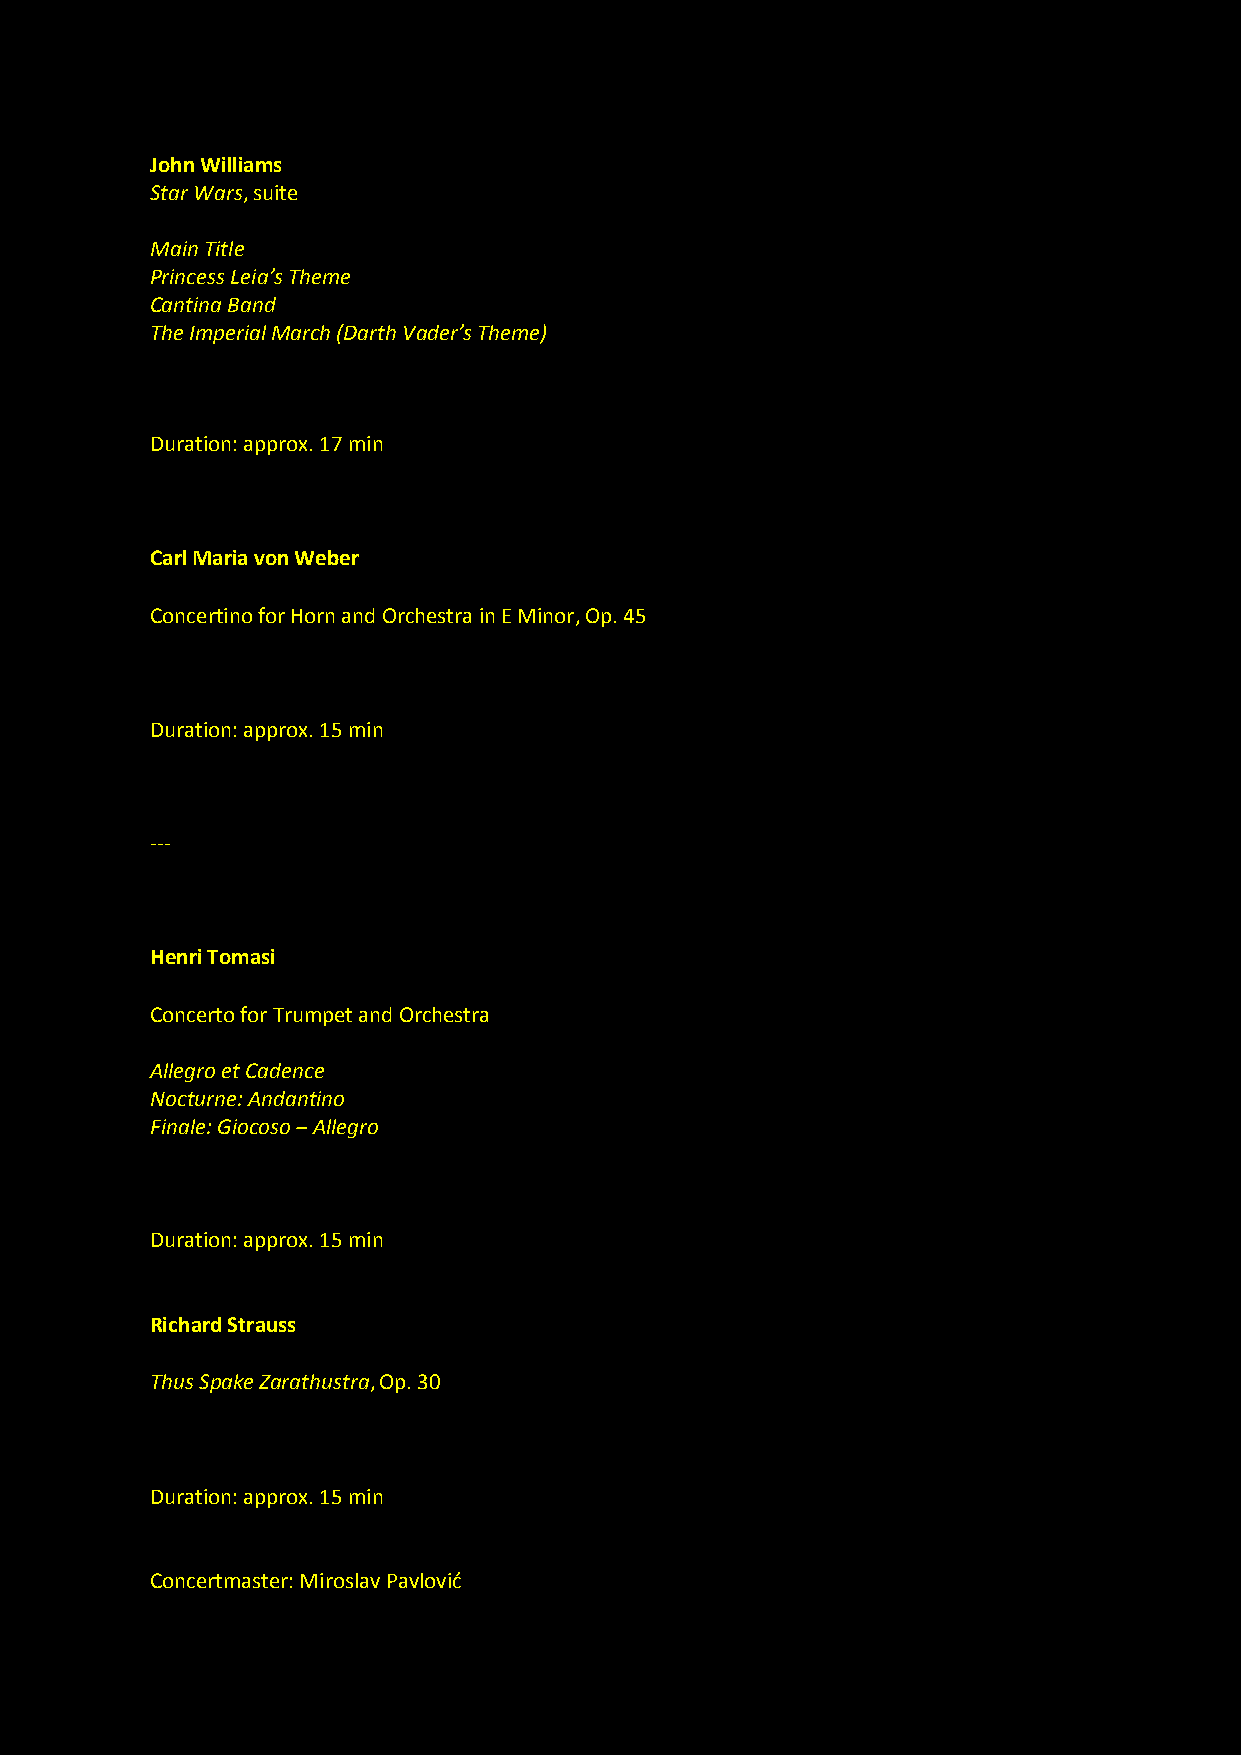
John Williams
 Star Wars, suite
 Main Title
 Princess Leia’s Theme
 Cantina Band
 The Imperial March (Darth Vader’s Theme)
 Duration: approx. 17 min
 Carl Maria von Weber
 Concertino for Horn and Orchestra in E Minor, Op. 45
 Duration: approx. 15 min
 ---
 Henri Tomasi
 Concerto for Trumpet and Orchestra
 Allegro et Cadence
 Nocturne: Andantino
 Finale: Giocoso ‒ Allegro
 Duration: approx. 15 min
 Richard Strauss
 Thus Spake Zarathustra, Op. 30
 Duration: approx. 15 min
 Concertmaster: Miroslav Pavlović